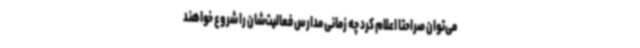
می‌توان صراحتا اعلام کرد چه زمانی مدارس فعالیت‌شان را شروع خواهند